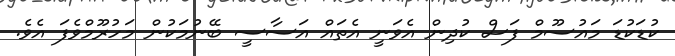
ކުޑަކުޑަ މައުސޫމް ފަސް ކުދިން އެވަނީ އެތައް އަސާސީ ބޭނުމަކުން މަހުރޫމްވެފަ އެވެ.